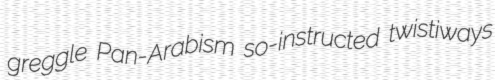
greggle Pan-Arabism so-instructed twistiways